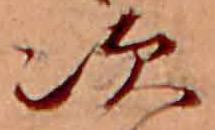
次